Civil Veterinary Dept. Bombay admin report 1932-41 - 1932-1941
Year: 1932
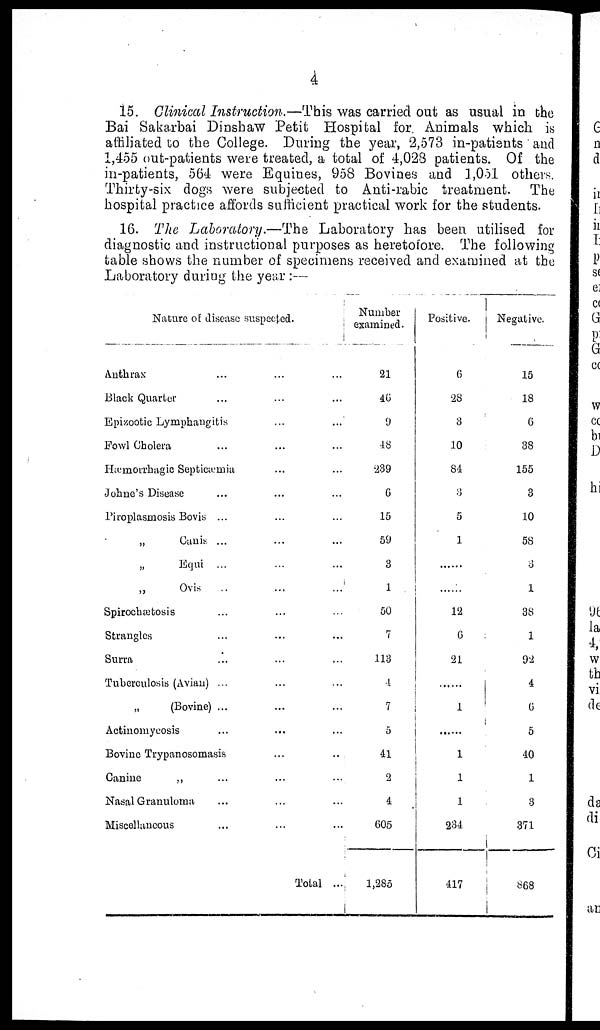
4
15. Clinical Instruction.—This was carried out as usual in the
Bai Sakarbai Dinshaw Petit Hospital for. Animals which is
affiliated to the College. During the year, 2,573 in-patients and
1,455 out-patients were treated, a total of 4,028 patients. Of the
in-patients, 564 were Equines, 958 Bovines and 1,051 others.
Thirty-six dogs were subjected to Anti-rabic treatment. The
hospital practice affords sufficient practical work for the students.
16. The Laboratory.—The Laboratory has been utilised for
diagnostic and instructional purposes as heretofore. The following
table shows the number of specimens received and examined at the
Laboratory during the year :—
Nature of disease suspected.
Anthrax ...
Black Quarter …
Epizootic Lymphangitis
Fowl Cholera …
Hæmorrhagic Septicæmia
Johne's Disease ...
Piroplasmosis Bovis ...
„ Canis ...
„ Equi ...
„ Ovis ...
Spirochætosis ...
Strangles …
Surra …
Tuherculosis (Avian) ...
„ (Bovine) ...
Actinomycosis …
Bovine Trypanosomasis
Canine „ ...
Nasal Granuloma …
Miscellaneous …
…
…
…
…
...
...
…
…
…
…
…
...
…
…
…
...
…
…
…
…
…
...
…
…
…
…
…
…
…
...
…
...
…
…
…
…
…
…
…
…
Total ...
Number
examined.
21
46
9
48
239
6
15
59
3
1
50
7
113
4
7
…
41
2
4
605
1,285
Positive.
6
28
3
10
84
3
5
1
…
…
12
6
21
…
1
…
1
1
1
234
417
Negative.
15
18
6
38
155
3
10
58
3
1
38
1
92
4
6
5
40
1
3
371
868